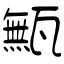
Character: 甒